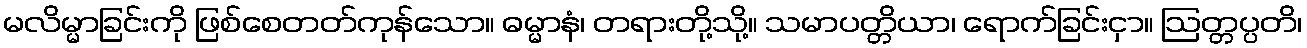
မလိမ္မာခြင်းကို ဖြစ်စေတတ်ကုန်သော။ ဓမ္မာနံ၊ တရားတို့သို့။ သမာပတ္တိယာ၊ ရောက်ခြင်းငှာ။ ဩတ္တပ္ပတိ၊